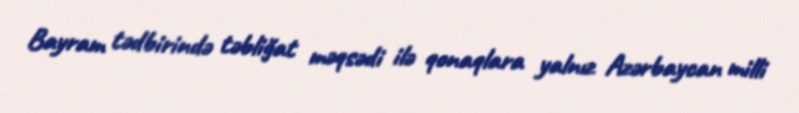
Bayram tədbirində təbliğat məqsədi ilə qonaqlara yalnız Azərbaycan milli